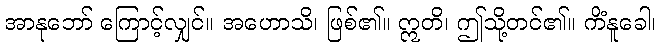
အာနုဘော် ကြောင့်လျှင်။ အဟောသိ၊ ဖြစ်၏။ ဣတိ၊ ဤသို့တင်၏။ ကိံနူခေါ၊